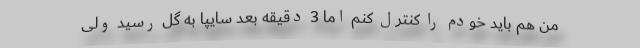
من هم باید خودم را کنترل کنم اما 3 دقیقه بعد سایپا به گل رسید ولی